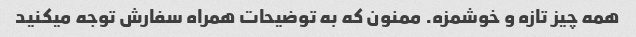
همه چیز تازه و خوشمزه. ممنون که به توضیحات همراه سفارش توجه میکنید